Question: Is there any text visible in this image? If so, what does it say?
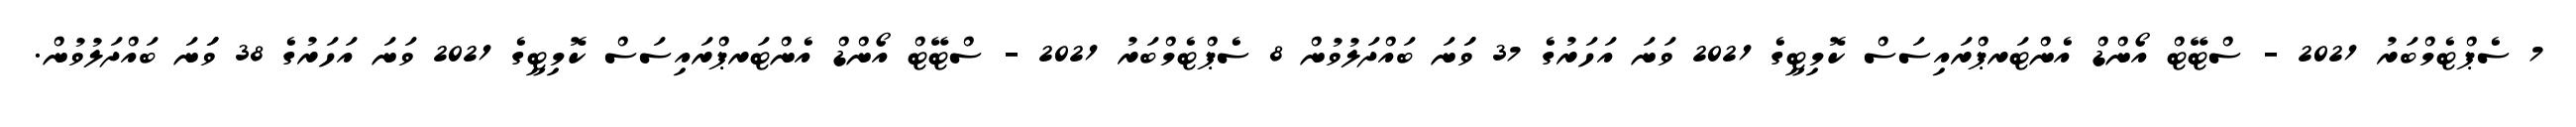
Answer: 7 ސެޕްޓެމްބަރު 2021 - ސްޓޭޓް އޯންޑް އެންޓަރޕްރައިސަސް ކޮމިޓީގެ 2021 ވަނަ އަހަރުގެ 37 ވަަނަ ބައްދަލުވުން 8 ސެޕްޓެމްބަރު 2021 - ސްޓޭޓް އޯންޑް އެންޓަރޕްރައިސަސް ކޮމިޓީގެ 2021 ވަނަ އަހަރުގެ 38 ވަަނަ ބައްދަލުވުން.